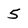
Character: 5